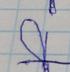
Signature authenticity: forged